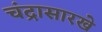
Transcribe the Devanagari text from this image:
चंद्रासारखे